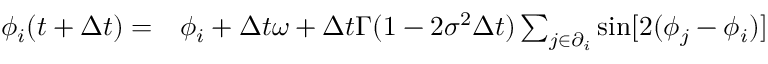
\begin{array} { r l } { \phi _ { i } ( t + \Delta t ) = } & { { } \phi _ { i } + \Delta t \omega + \Delta t \Gamma ( 1 - 2 \sigma ^ { 2 } \Delta t ) \sum _ { j \in \partial _ { i } } \sin [ 2 ( \phi _ { j } - \phi _ { i } ) ] } \end{array}